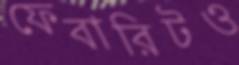
ফেবারিটও